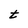
Character: t